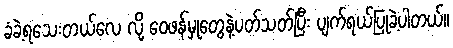
ခံခဲ့ရသေးတယ်လေ လို့ ဝေဖန်မှုတွေနဲ့ပတ်သတ်ပြီး ပျက်ရယ်ပြုခဲ့ပါတယ်။